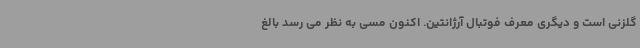
گلزنی است و دیگری معرف فوتبال آرژانتین. اکنون مسی به نظر می رسد بالغ